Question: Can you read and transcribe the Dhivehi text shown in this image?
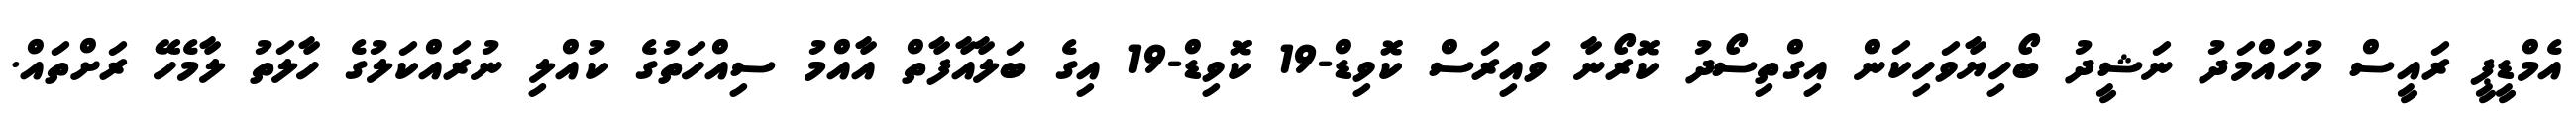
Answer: އެމްޑީޕީ ރައީސް މުހައްމަދު ނަޝީދު ބޯހިޔާވަހިކަން އިގްތިސޯދު ކޮރޯނާ ވައިރަސް ކޮވިޑް-19 ކޮވިޑް-19 އިގެ ބަލާއާފާތް އާއްމު ސިއްހަތުގެ ކުއްލި ނުރައްކަލުގެ ހާލަތު ލާމެހޭ ރަށްތައް.